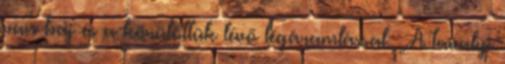
van baj és a körülöttük lévő légáramlással. „A tavalyi